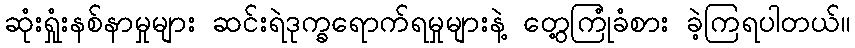
ဆုံးရှုံးနစ်နာမှုများ ဆင်းရဲဒုက္ခရောက်ရမှုများနဲ့ တွေ့ကြုံခံစား ခဲ့ကြရပါတယ်။